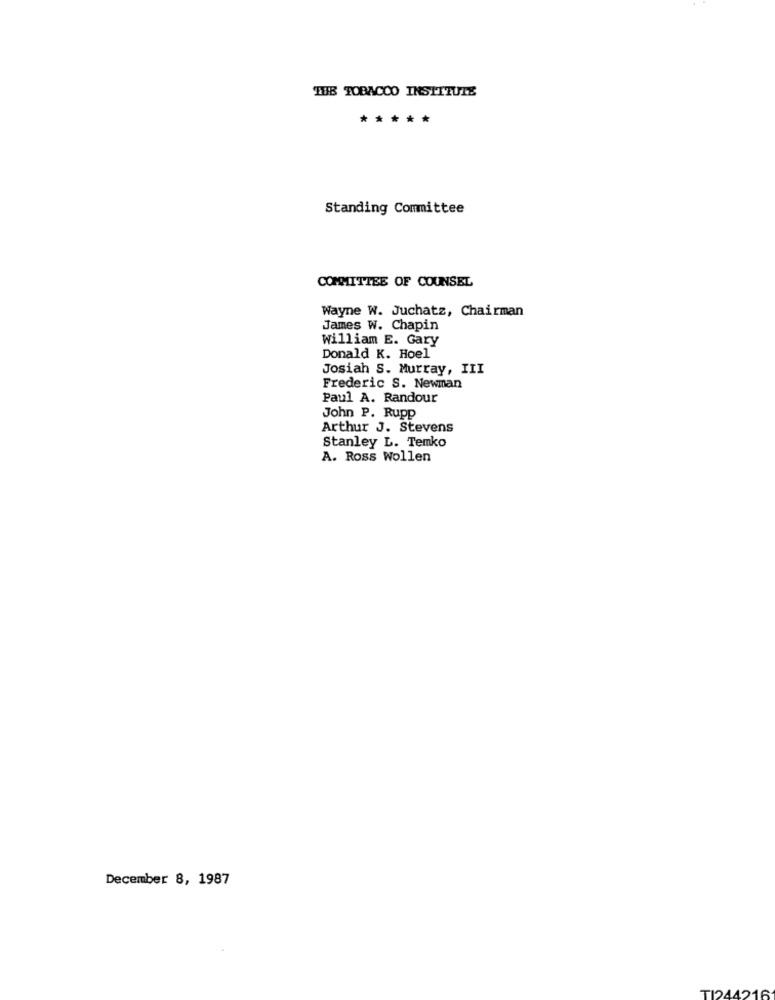
THE TOBACCO INSTITUTE
*****
Standing Committee
COMMITTEE OF COUNSEL
Wayne W. Juchatz, Chairman
James W. Chapin
William E. Gary
Donald K. Hoel
Josiah S. Murray, III
Frederic S. Newman
Paul A. Randour
John P. Rupp
Arthur J. Stevens
Stanley L. Temko
A. Ross Wollen
December 8, 1987
TI244216